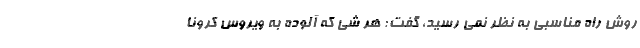
روش راه مناسبی به نظر نمی رسید، گفت: هر شی که آلوده به ویروس کرونا